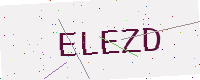
Text: ELEZD